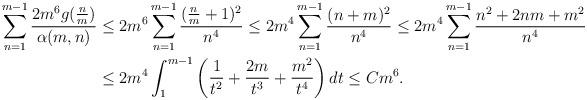
LaTeX: \begin{align*} \sum_{n=1}^{m-1}\frac{2m^6g(\frac{n}{m})}{\alpha(m,n)}&\leq 2m^6\sum_{n=1}^{m-1}\frac{(\frac{n}{m}+1)^2}{n^4}\leq 2m^4\sum_{n=1}^{m-1}\frac{(n+m)^2}{n^4}\leq 2m^4\sum_{n=1}^{m-1}\frac{n^2+2nm+m^2}{n^4}\\ &\leq 2m^4\int_{1}^{m-1}\left(\frac{1}{t^2}+\frac{2m}{t^3}+\frac{m^2}{t^4}\right)dt\leq Cm^6. \end{align*}